system: You are a helpful assistant.
user:
Analyze the provided spectrum to determine if it is a **Carbon Star (C-type)**.

- **Key Visual Indicators of Carbon Star:**
    - **(Primary):** Strong molecular absorption from **C₂ (diatomic carbon) "Swan Bands."** This is the **defining feature** of a carbon star.
        - **(Key Bandheads):** Sharp absorption edges are visible at approximately $5635$ Å, $5165$ Å (the strongest band), and $4737$ Å.
        - **(Line Profile):** Creates a distinct **"saw-tooth"** pattern. The key morphology is a sharp, steep bandhead on the **red (long-wavelength) side**, which then gradually tapers off (i.e., flux recovers) towards the **blue (short-wavelength) side**. *(This is the direct opposite of the TiO bands seen in M-type stars)*.

    - **(Secondary):** Intense **CN (cyanogen)** molecular absorption bands.
        - **(Key Bandheads):** Located in the blue and violet regions of the spectrum (e.g., near $4215$ Å and $3883$ Å).
        - **(Morphology):** These bands are extremely broad and act as a "blanket," absorbing the vast majority of blue and violet light. This creates a characteristic **"cliff"** or **"steep drop-off"** in the spectrum's flux at short wavelengths.

    - **(Key Confirmation):** Strong **CH absorption band (G-band)**.
        - **(Key Bandhead):** Located around $4300$ Å. The contribution from CH molecules to this band is exceptionally strong.

    - **(Overall Spectrum):**
        - The continuum is severely "chopped up" by these deep molecular bands, especially C₂, rather than appearing as a smooth curve.
        - Due to the heavy CN and C₂ absorption in the blue-green, the vast majority of the star's flux is concentrated in the red part of the spectrum, giving the star its characteristic deep red color.

Think first, call **spectral_visualization_tool** if needed to examine features in detail, then provide your final answer. Your response must adhere to the following strict rules:
1.  **Overall Structure:** Your response must follow the format `<think>...</think> <tool_call>...</tool_call> (if a tool is used) <answer>...</answer>`.
2.  **Tool Usage Constraint:** You may only make **one** tool call per turn.
3.  **Final Answer Format:** In the `<answer>` tag, your conclusion must be inside a `\boxed{}` command (e.g., `\boxed{YES}`), followed by your justification.

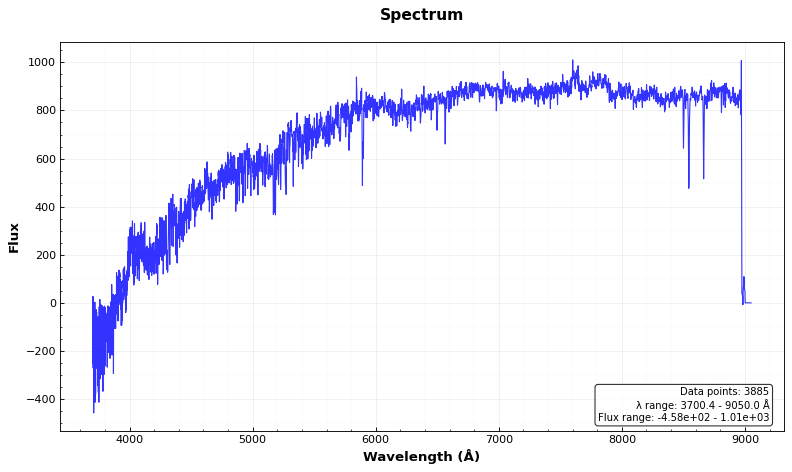
Answer: NO